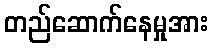
တည်ဆောက်နေမှုအား